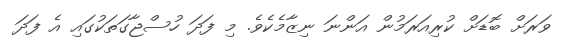
ވަރަށް ބޮޑަށް ކުރިއަރަމުން އަންނަ ނިޒާމެކެވެ. މި ފަދަ ހުސްޖާގަތަކުގައި އެ ފަދަ